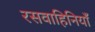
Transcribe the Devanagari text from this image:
रसवाहिनियाँ